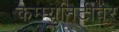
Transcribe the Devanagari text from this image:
कम्म्युनिटीवर